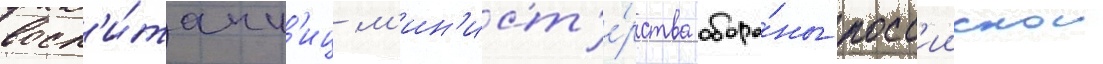
восп'и́танн'иц м'ин'ист'е́рства оборо́ны росс'иискои